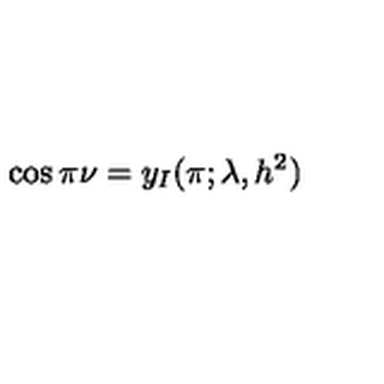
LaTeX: \cos \pi \nu = y _ { I } ( \pi ; \lambda , h ^ { 2 } )